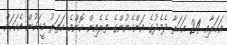
އަހަރާއި 24 އަހަރާ ދެމެދުގެ އަންހެނުންގެ ތެރެއިން ކޮންމެ ހަތަރު މީހަކުން އެކަކަށް